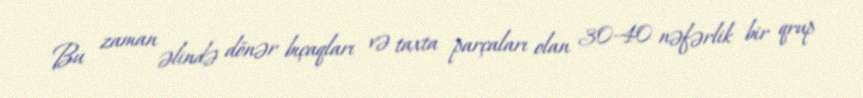
Bu zaman əlində dönər bıçaqları və taxta parçaları olan 30-40 nəfərlik bir qrup